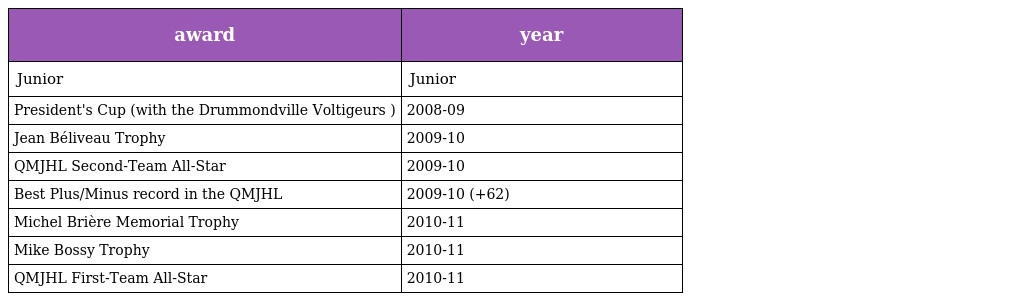
| award | year |
 | --- | --- |
 | Junior | Junior |
 | President's Cup (with the Drummondville Voltigeurs ) | 2008-09 |
 | Jean Béliveau Trophy | 2009-10 |
 | QMJHL Second-Team All-Star | 2009-10 |
 | Best Plus/Minus record in the QMJHL | 2009-10 (+62) |
 | Michel Brière Memorial Trophy | 2010-11 |
 | Mike Bossy Trophy | 2010-11 |
 | QMJHL First-Team All-Star | 2010-11 |